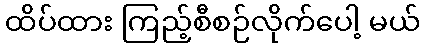
ထိပ်ထား ကြည့်စီစဉ်လိုက်ပေါ့ မယ်